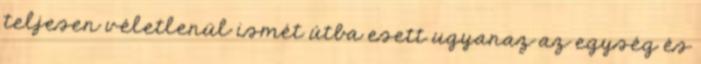
teljesen véletlenül ismét útba esett ugyanaz az egység és